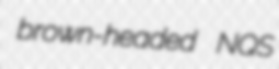
brown-headed NQS